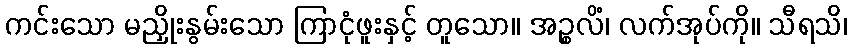
ကင်းသော မညှိုးနွမ်းသော ကြာငုံဖူးနှင့် တူသော။ အဉ္စလိံ၊ လက်အုပ်ကို။ သီရသိ၊